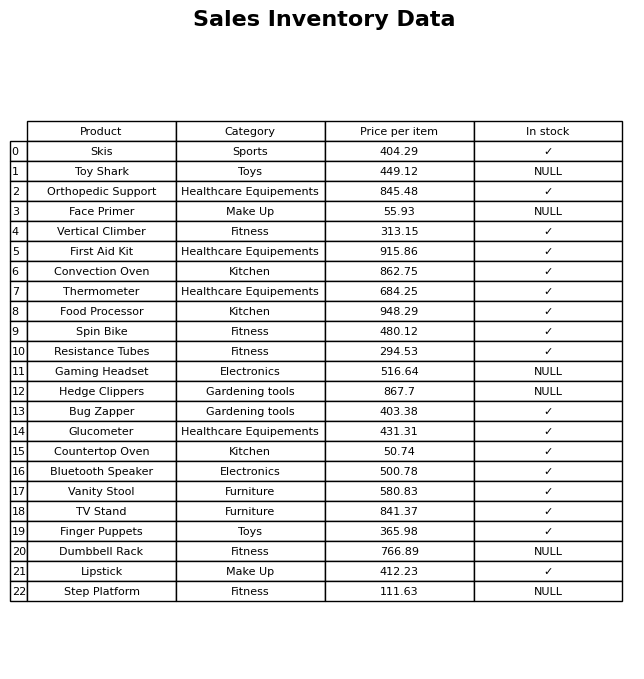
question: What is the price of the Face Primer?
answer: The price of Face Primer is 55.93.